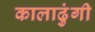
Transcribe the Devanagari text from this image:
कालाढुंगी